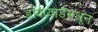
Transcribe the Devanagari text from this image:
डॉकयार्डमधून